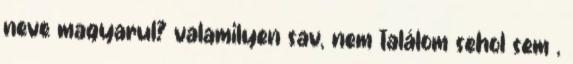
neve magyarul? valamilyen sav, nem találom sehol sem ,